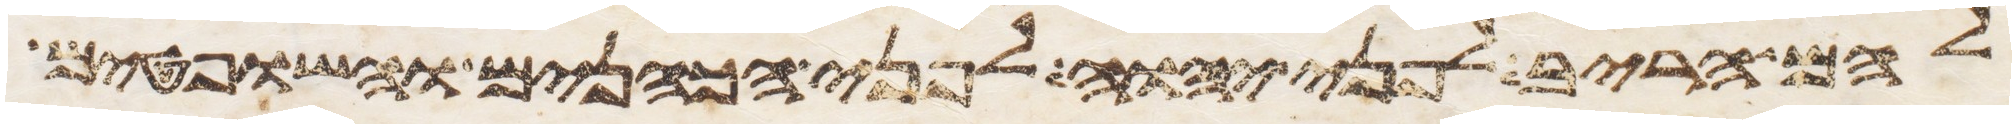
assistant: להם הריב לפני יהוה לפני הכהנים והשפטים